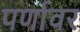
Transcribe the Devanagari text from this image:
पर्णावर